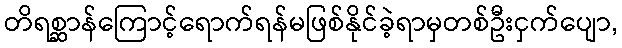
တိရစ္ဆာန်ကြောင့်ရောက်ရန်မဖြစ်နိုင်ခဲ့ရာမှတစ်ဦးငှက်ပျော,